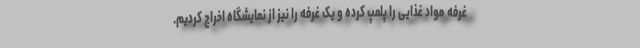
غرفه مواد غذایی را پلمپ کرده و یک غرفه را نیز از نمایشگاه اخراج کردیم.